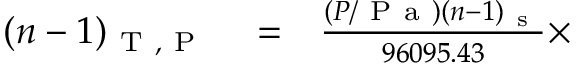
\begin{array} { r l r } { ( n - 1 ) _ { \mathrm { ~ T ~ , ~ P ~ } } } & { { } = } & { \frac { ( P / \mathrm { ~ P ~ a ~ } ) ( n - 1 ) _ { \mathrm { ~ s ~ } } } { 9 6 0 9 5 . 4 3 } \times } \end{array}